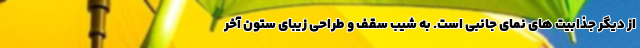
از دیگر جذابیت های نمای جانبی است. به شیب سقف و طراحی زیبای ستون آخر